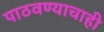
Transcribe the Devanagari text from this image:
पाठवण्याचाही